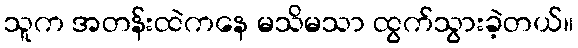
သူက အတန်းထဲကနေ မသိမသာ ထွက်သွားခဲ့တယ်။